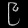
Digit: ၉